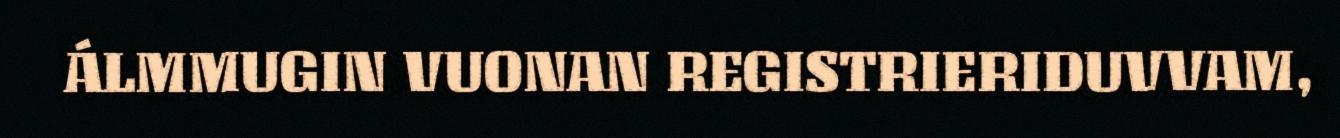
ÁLMMUGIN VUONAN REGISTRIERIDUVVAM,